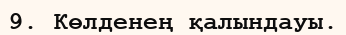
9. Көлденең қалындауы.